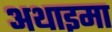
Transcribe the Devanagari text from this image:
अथाइमा